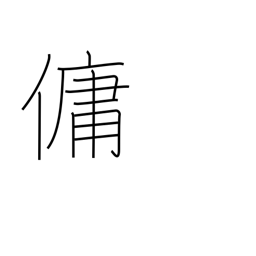
Meaning: employ